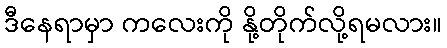
ဒီနေရာမှာ ကလေးကို နို့တိုက်လို့ရမလား။